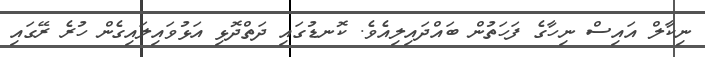
ނިކާލް އައިސް ނިހާގެ ފަހަތުން ބައްދައިލިއެވެ. ކޮނޑުގައި ދަތްދޮޅި އަޅުވައިލައިގެން ހުރެ ރޭގައި